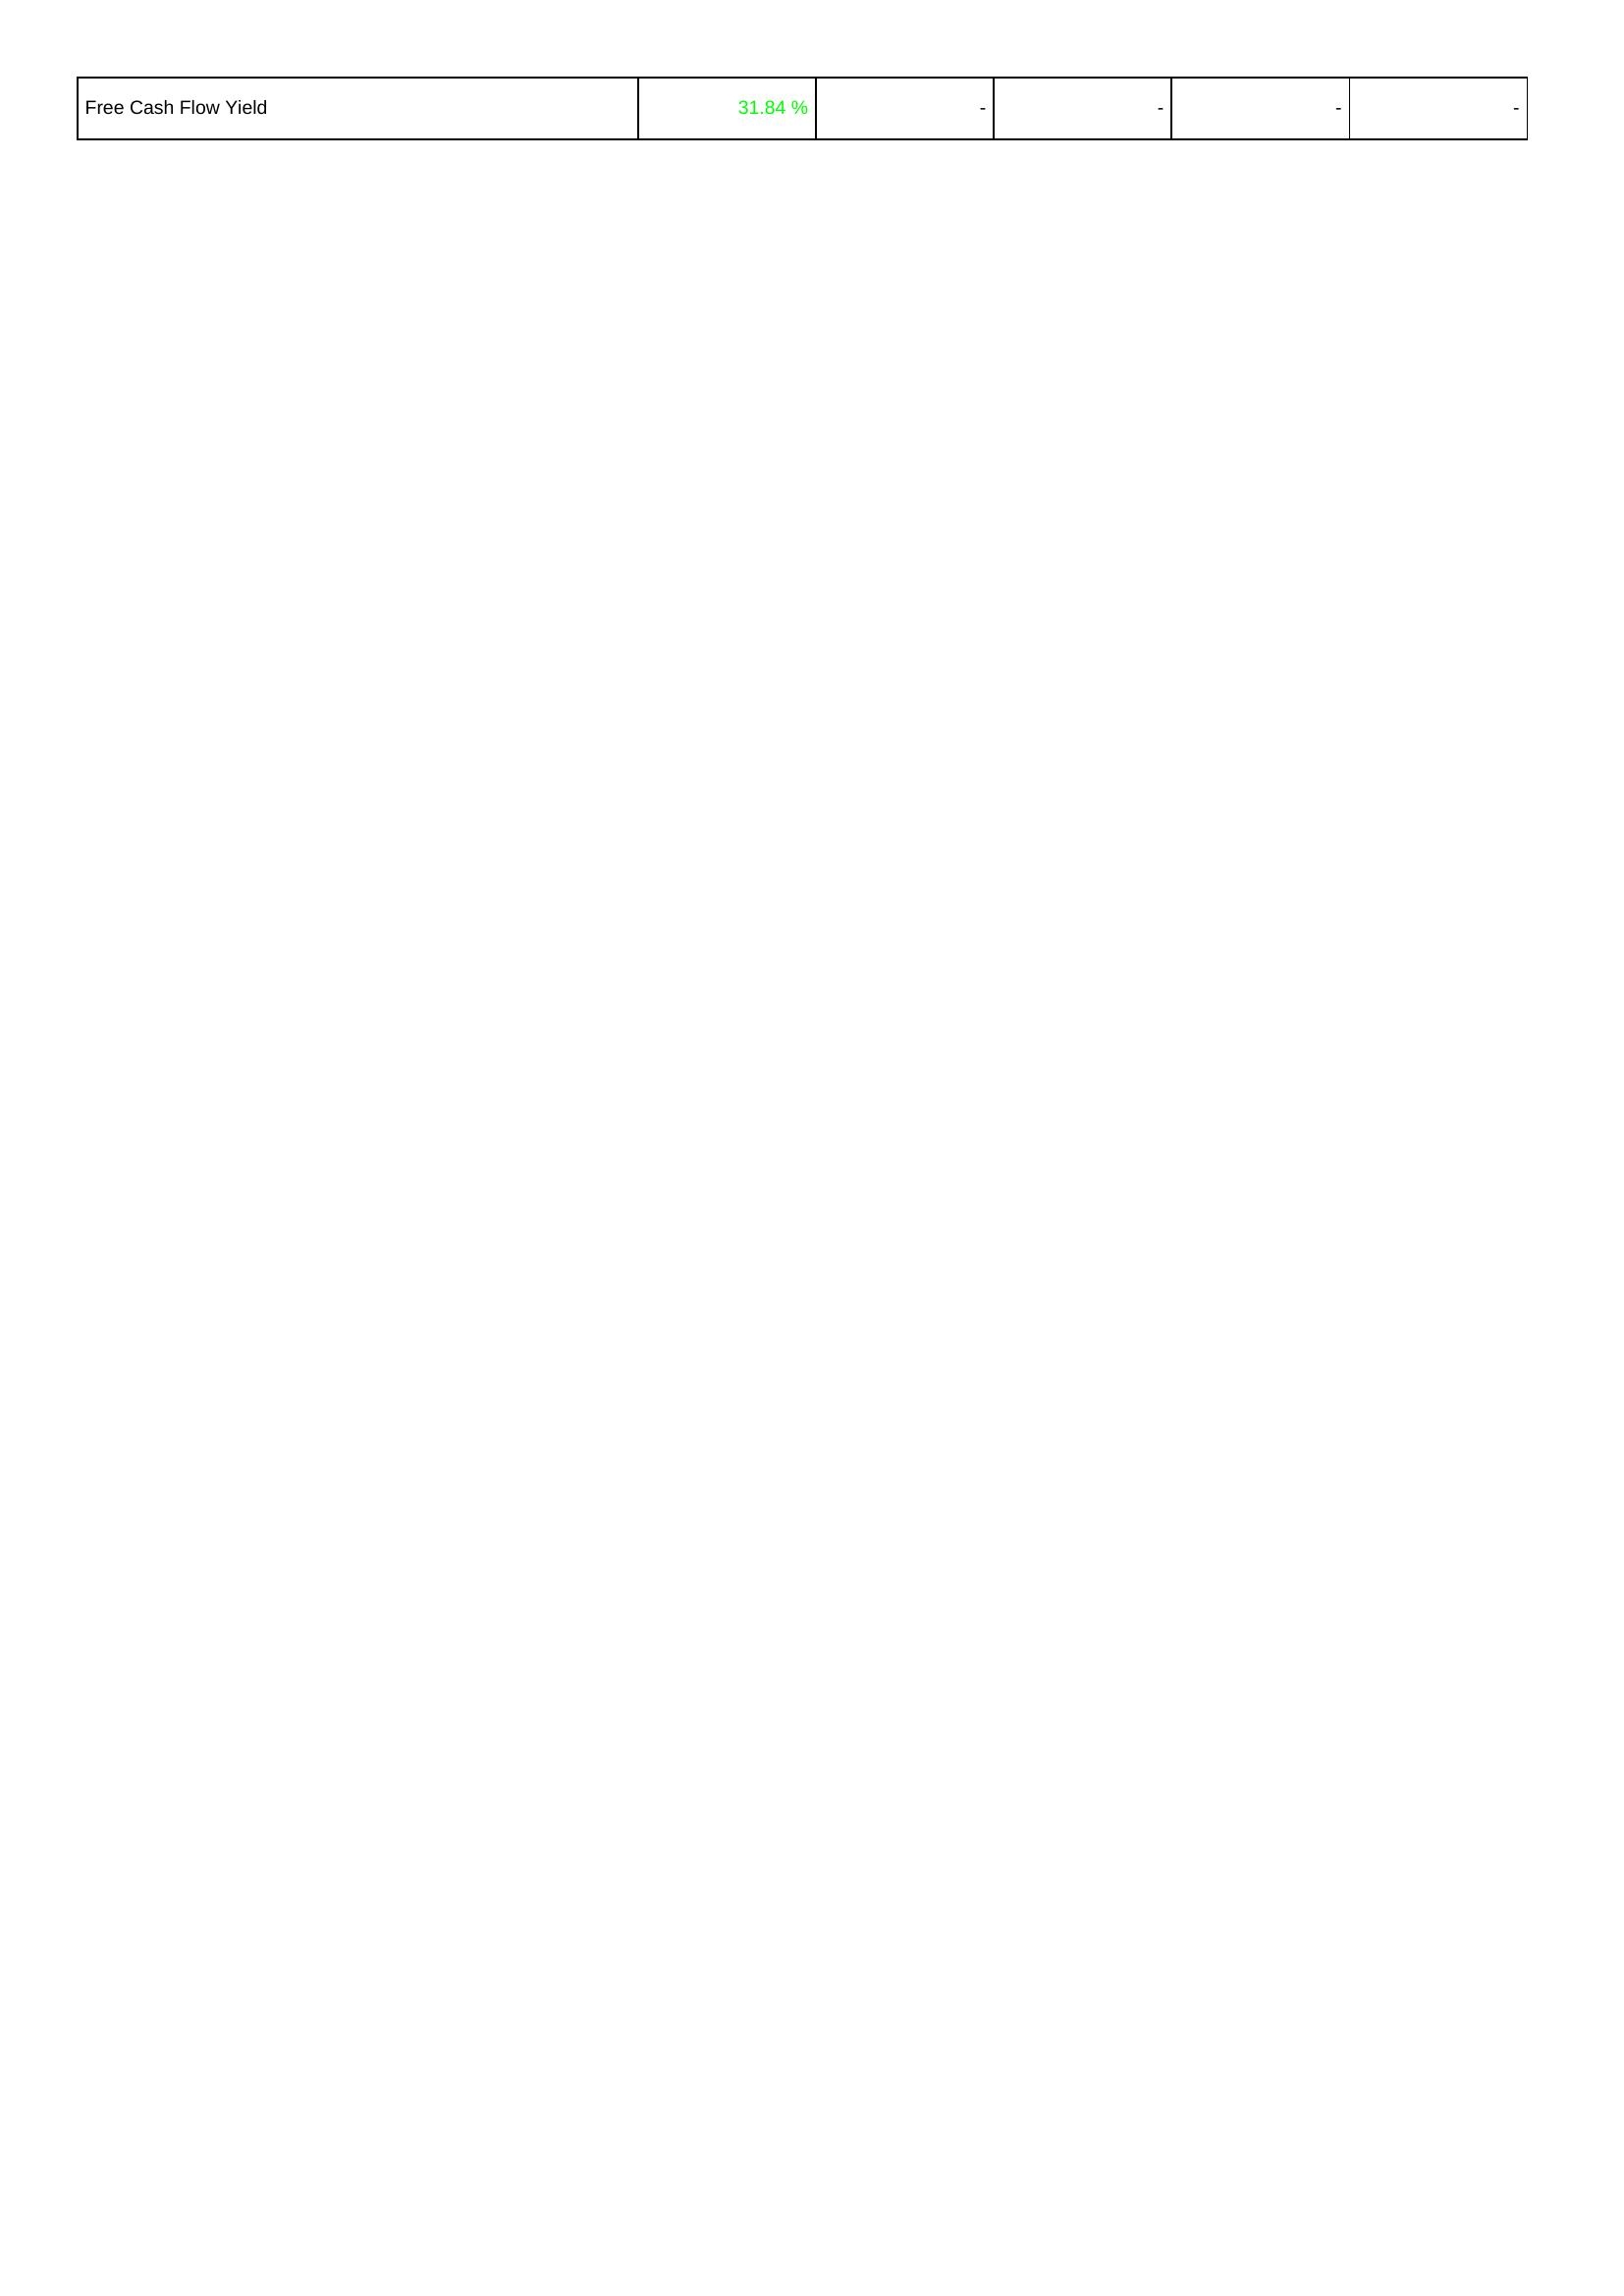
2025: Financing Activities: Free Cash Flow Yield: 31.84 %
2024: Financing Activities: Free Cash Flow Yield: -
2023: Financing Activities: Free Cash Flow Yield: -
2022: Financing Activities: Free Cash Flow Yield: -
2021: Financing Activities: Free Cash Flow Yield: -